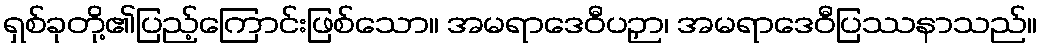
ရှစ်ခုတို့၏ပြည့်ကြောင်းဖြစ်သော။ အမရာဒေဝီပဉှာ၊ အမရာဒေဝီပြဿနာသည်။